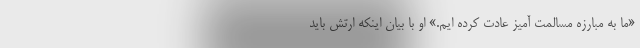
«ما به مبارزه مسالمت آمیز عادت کرده ایم.» او با بیان اینکه ارتش باید